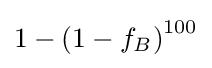
1-\left(1-f_{B}\right)^{100}